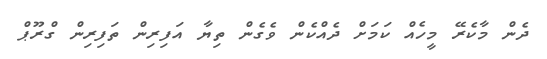
ދެން މާކެރޭ މީހެއް ކަމަށް ދެއްކެން ވެގެން ތިޔާ އަފިރިން ތަފިރިން ގްރޫޕް